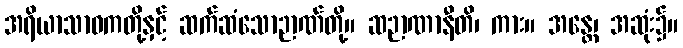
အရိယာသာဝကတို့နှင့် ဆက်ဆံသောဉာဏ်တို့။ ဆဉာဏာနီတိ၊ ကား။ အန္တေ၊ အဆုံး၌။